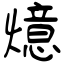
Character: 燱